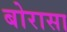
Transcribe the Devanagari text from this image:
बोरासा